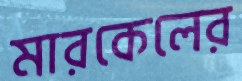
মারকেলের